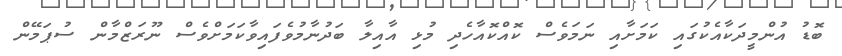
ބޮޑު އުންމީދަކާއެކުގައި ކަމަށާއި ނަމަވެސް ކޮއްކޮއާހެދި މުޅި އާއިލާ ބަދުނާމުވެފައިވާކަމަށްވެސް ނޫރަޒްމާން ސުޕަމޭން